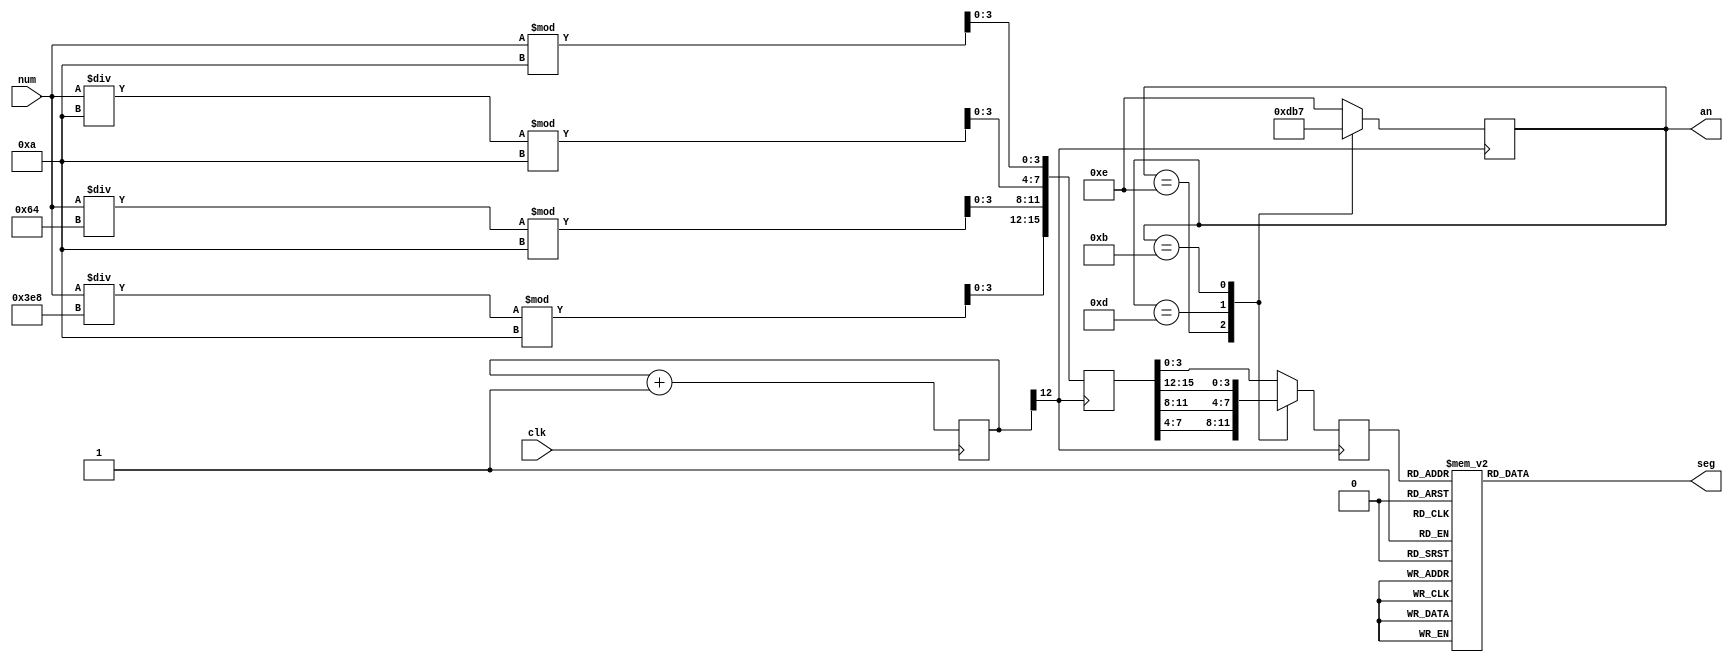
`timescale 1ns / 1ps
//////////////////////////////////////////////////////////////////////////////////
// Company: 
// Engineer: 
// 
// Design Name: 
// Module Name:    tetris_seg 
// Project Name: 
// Target Devices: 
// Tool versions: 
// Description: 
//
// Dependencies: 
//
// Revision: 
// Revision 0.01 - File Created
// Additional Comments: 
//
//////////////////////////////////////////////////////////////////////////////////
module tetris_seg(clk, num, seg, an);
	input clk;
	input [12:0] num;
	output reg [7:0] seg;
	output reg [3:0] an;
	
	reg [12:0] divider;
	wire scan_clk = divider[12];
	
	reg [15:0] bcd;
	reg [3:0] dec_bcd;
	
	always @(posedge clk)
		divider <= divider + 1'b1;
	
	always @(posedge scan_clk) begin
		bcd[3:0] <= num % 10;
		bcd[7:4] <= (num / 10) % 10;
		bcd[11:8] <= (num / 100) % 10;
		bcd[15:12] <= (num / 1000) % 10;
	end
	
	always @(posedge scan_clk) begin
		case (an)
			4'b1110: begin
				an <= 4'b1101;
				dec_bcd <= bcd[7:4];
			end
			4'b1101: begin
				an <= 4'b1011;
				dec_bcd <= bcd[11:8];
			end
			4'b1011: begin
				an <= 4'b0111;
				dec_bcd <= bcd[15:12];
			end
			default: begin
				an <= 4'b1110;
				dec_bcd <= bcd[3:0];
			end
		endcase
	end
	
	always @(dec_bcd) begin
		case (dec_bcd)
			4'h0 : seg = {1'b1,7'b1000000};
			4'h1 : seg = {1'b1,7'b1111001};
			4'h2 : seg = {1'b1,7'b0100100};
			4'h3 : seg = {1'b1,7'b0110000};
			4'h4 : seg = {1'b1,7'b0011001};
			4'h5 : seg = {1'b1,7'b0010010};
			4'h6 : seg = {1'b1,7'b0000010};
			4'h7 : seg = {1'b1,7'b1111000};
			4'h8 : seg = {1'b1,7'b0000000};
			4'h9 : seg = {1'b1,7'b0010000};
			default : seg = {1'b1,7'b1111111};
		endcase
	end
endmodule